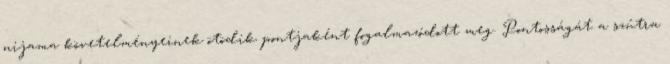
nijama követelményeinek ötödik pontjaként fogalmazódott meg. Pontosságát a szútra